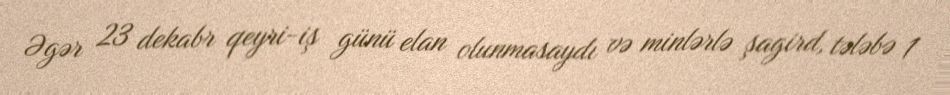
Əgər 23 dekabr qeyri-iş günü elan olunmasaydı və minlərlə şagird, tələbə 1